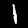
Label: 1